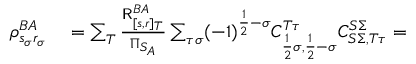
\begin{array} { r l } { \rho _ { s _ { \sigma } r _ { \sigma } } ^ { B A } } & { { } = \sum _ { T } \frac { \mathsf { R } _ { [ s , r ] _ { T } } ^ { B A } } { \Pi _ { S _ { A } } } \sum _ { \tau \sigma } ( - 1 ) ^ { \frac { 1 } { 2 } - \sigma } C _ { \frac { 1 } { 2 } \sigma , \frac { 1 } { 2 } - \sigma } ^ { T \tau } C _ { S \Sigma , T \tau } ^ { S \Sigma } = } \end{array}